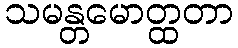
သမန္တမောတ္ထတာ